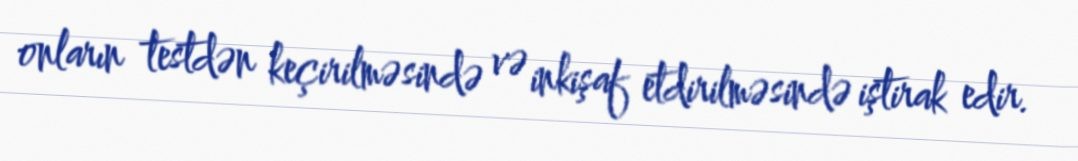
onların testdən keçirilməsində və inkişaf etdirilməsində iştirak edir.